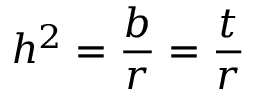
h ^ { 2 } = { \frac { b } { r } } = { \frac { t } { r } }